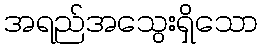
အရည်အသွေးရှိသော